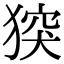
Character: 𤟪